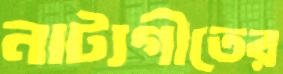
নাট্যগীতের